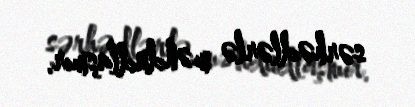
sərhədlərlə məhdudlaşmır.